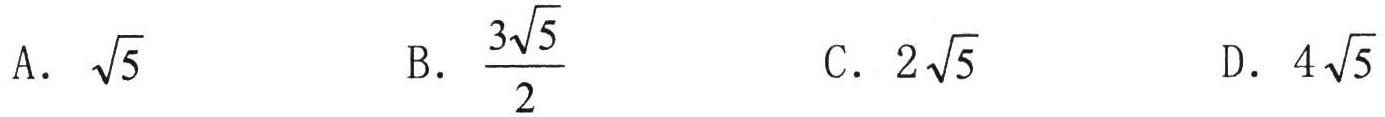
A. $\sqrt{5}$
B. $\frac{3\sqrt{5}}{2}$
C. $2\sqrt{5}$
D. $4\sqrt{5}$